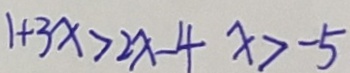
1 + 3 x > 2 x - 4 x > - 5